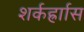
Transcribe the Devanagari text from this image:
शर्कर्ह्राास